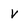
Character: V